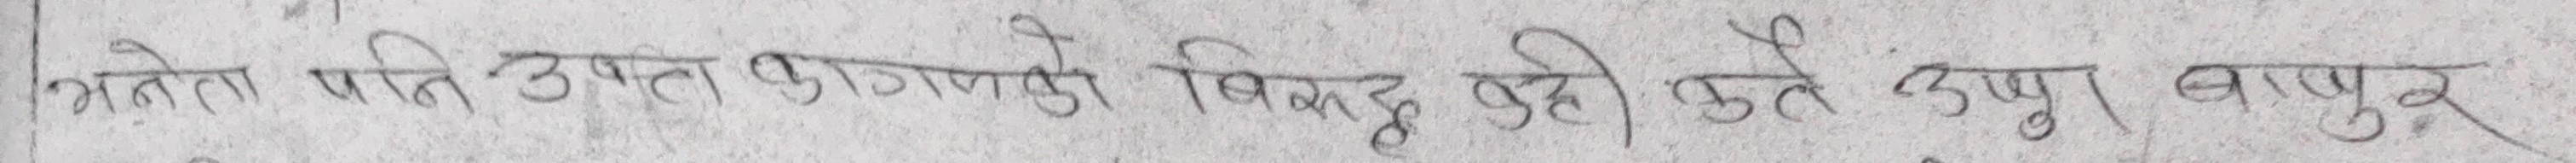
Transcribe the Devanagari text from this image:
भनेका पति उक्त कागजको बिगरु दही हुने ठाउँ बापुर